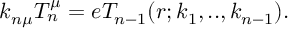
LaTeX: k _ { n \mu } T _ { n } ^ { \mu } = e T _ { n - 1 } ( r ; k _ { 1 } , . . , k _ { n - 1 } ) .